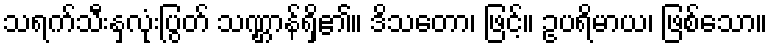
သရက်သီးနှလုံးပြွတ် သဏ္ဌာန်ရှိ၏။ ဒိသတော၊ ဖြင့်။ ဥပရိမာယ၊ ဖြစ်သော။